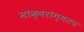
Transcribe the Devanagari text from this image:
मोक्षरोग्यतप